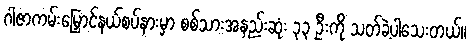
ဂါဇာကမ်းမြှောင်နယ်စပ်နားမှာ စစ်သားအနည်းဆုံး ၃၃ ဦးကို သတ်ခဲ့ပါသေးတယ်။